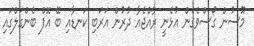
މޫސުން ގޯސްވެގެން އުޅެނީ ރާއްޖެެއާ ދުރުން އަރަބި ކަނޑާއި ބޭ އޮފް ބެންގަލްގައި